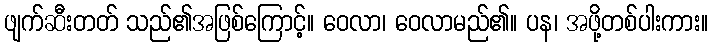
ဖျက်ဆီးတတ် သည်၏အဖြစ်ကြောင့်။ ဝေလာ၊ ဝေလာမည်၏။ ပန၊ အဖို့တစ်ပါးကား။